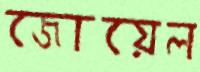
জোয়েল